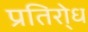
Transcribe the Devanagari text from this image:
प्रतिरो्ध